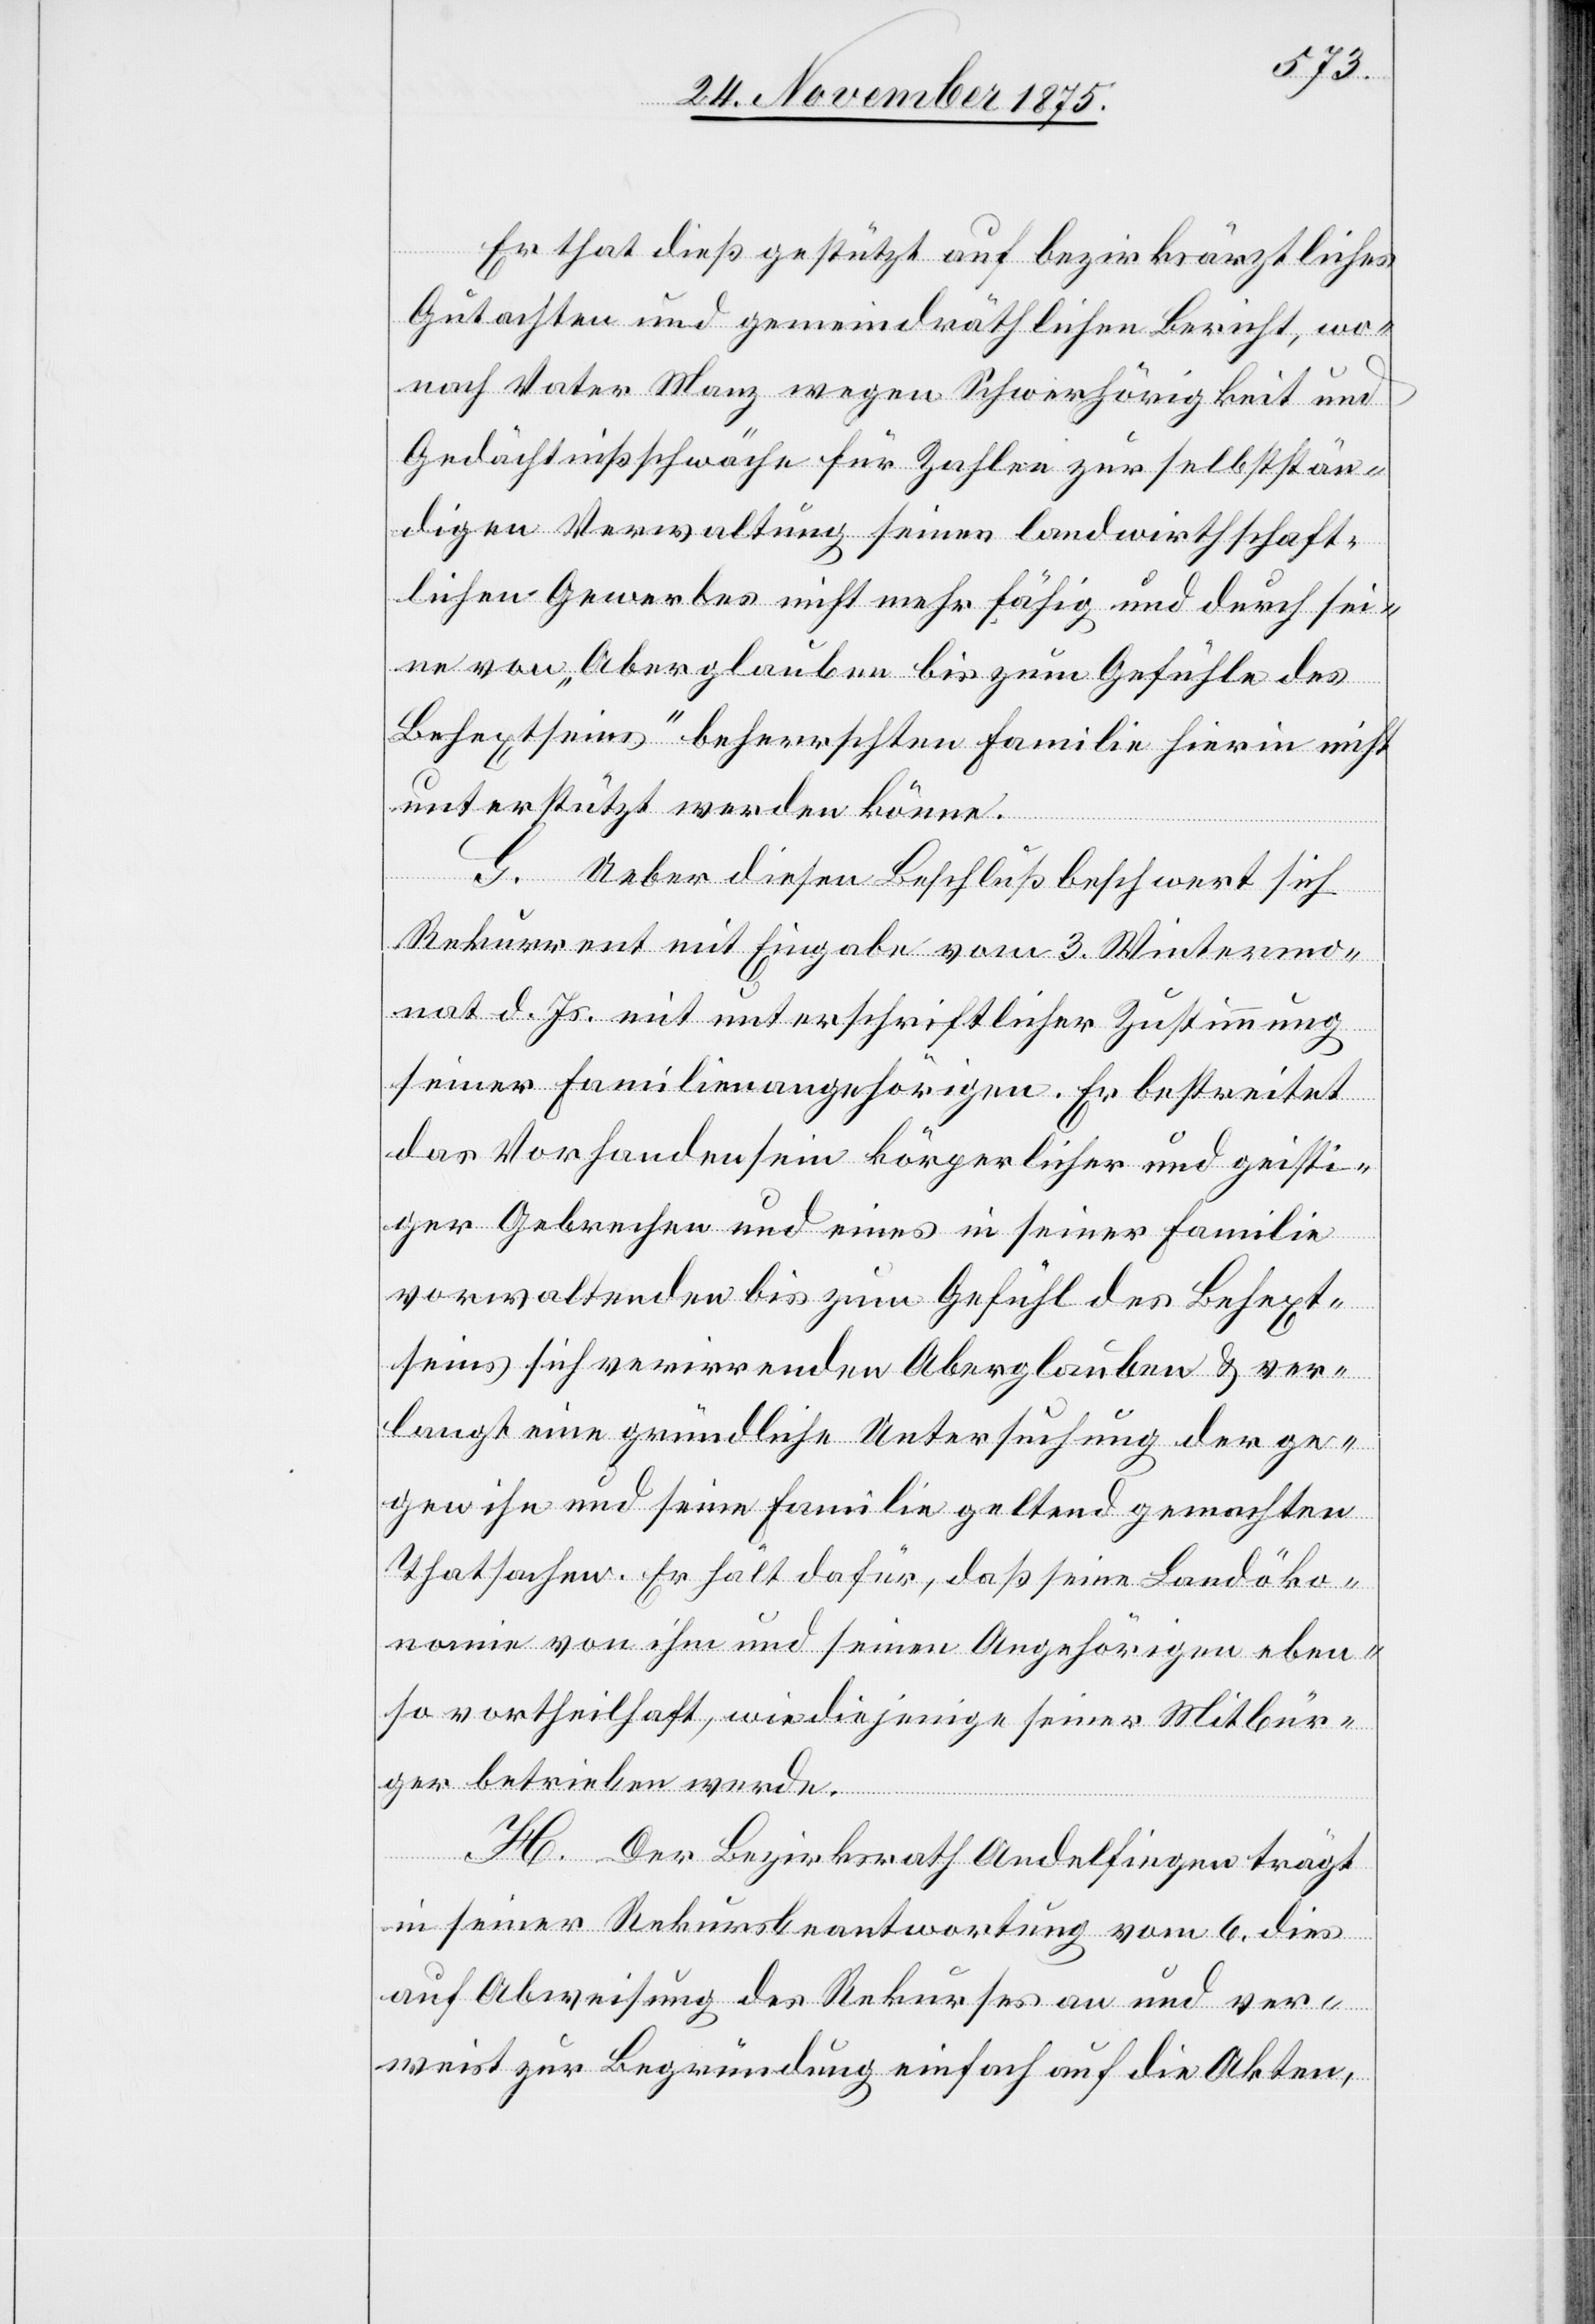
Er that dieß gestützt auf bezirksräthliches
Gutachten und gemeindräthlichen Bericht, wo¬
nach Vater Manz wegen Schwerhörigkeit und
Gedächtnißschwäche für Zahlen zur selbststän¬
digen Verwaltung seines landwirthschaft¬
lichen Gewerbes nicht mehr fähig und durch sei¬
ne von „Aberglauben bis zum Gefühle des
Behextseins“ beherrschten Familie hierin nicht
unterstützt werden könne.
G. Ueber diesen Beschluß beschwert sich
Rekurrent mit Eingabe vom 3. Wintermo¬
nat d. Js. mit unterschriftlicher Zustimmung
seiner Familienangehörigen. Er bestreitet
das Vorhandensein körperlicher und geisti¬
ger Gebrechen und eines in seiner Familie
vorwaltenden bis zum Gefühl des Behext¬
seins sich verirrenden Aberglauben & ver¬
langt eine gründliche Untersuchung der ge¬
gen ihn und seine Familie geltend gemachten
Thatsachen. Er hält dafür, daß seine Landöko¬
nomie von ihm und seinen Angehörigen eben¬
so vortheilhaft, wie diejenige seiner Mitbür¬
ger betrieben werde.
H. Der Bezirksrath Andelfingen trägt
in seiner Rekursbeantwortung vom 6. dies
auf Abweisung des Rekurses an und ver¬
weist zur Begründung einfach auf die Akten,